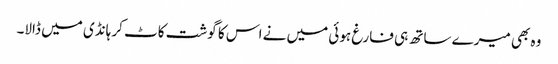
وہ بھی میرے ساتھ ہی فارغ ہوئی میں نے اس کا گوشت کاٹ کر ہانڈی میں ڈالا۔